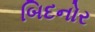
બિદનોર